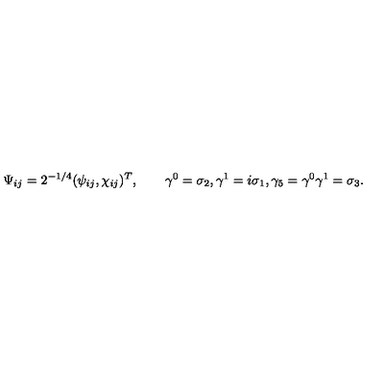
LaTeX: \Psi _ { i j } = 2 ^ { - 1 / 4 } ( \psi _ { i j } , \chi _ { i j } ) ^ { T } , \qquad \gamma ^ { 0 } = \sigma _ { 2 } , \gamma ^ { 1 } = i \sigma _ { 1 } , \gamma _ { 5 } = \gamma ^ { 0 } \gamma ^ { 1 } = \sigma _ { 3 } .